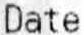
DATE